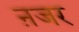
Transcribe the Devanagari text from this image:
ऩजर